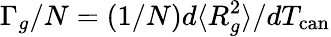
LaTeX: \Gamma_{g}/N=(1/N)d\langle R_{g}^{2}\rangle/dT_{\mathrm{can}}